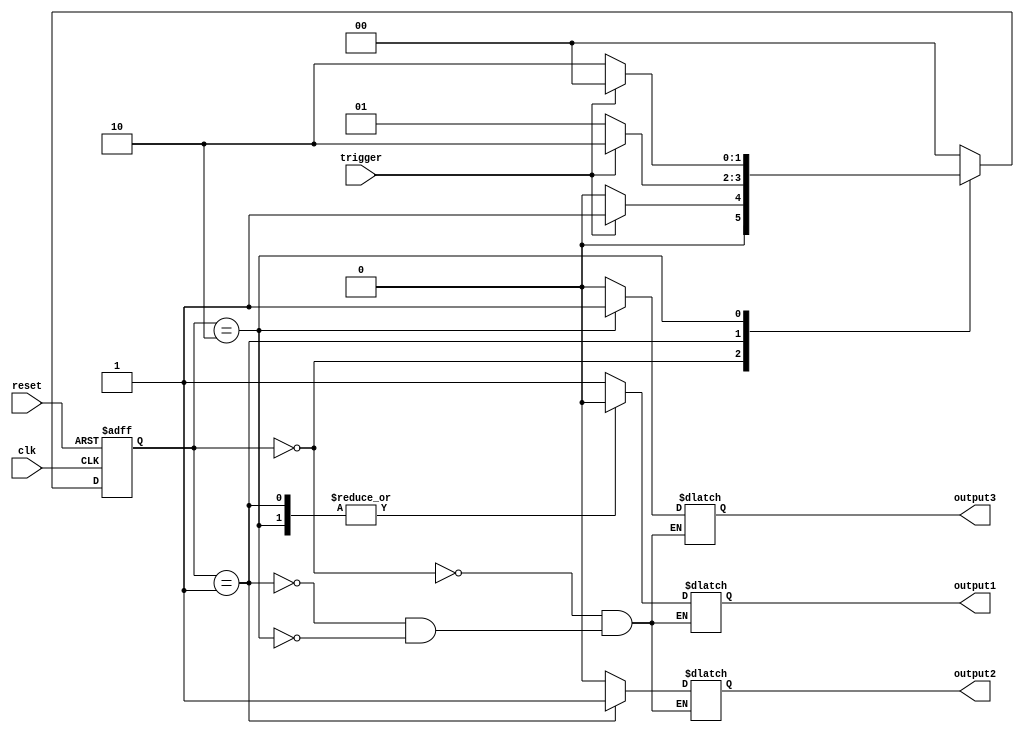
module mealy_state_machine (
        input trigger,
        input clk,
        input reset,
        output reg output1,
        output reg output2,
        output reg output3
    );

    parameter state1 = 2'b00;
    parameter state2 = 2'b01;
    parameter state3 = 2'b10;
    
    reg [1:0] current_state, next_state;

    always @ (posedge clk or posedge reset) begin
        if (reset) begin
            current_state <= state1;
        end else begin
            current_state <= next_state;
        end
    end

    always @ (*) begin
        case (current_state)
            state1: begin
                if (trigger) begin
                    next_state = state2;
                end else begin
                    next_state = state1;
                end
                output1 = 1;
                output2 = 0;
                output3 = 0;
            end
            state2: begin
                if (trigger) begin
                    next_state = state3;
                end else begin
                    next_state = state2;
                end
                output1 = 0;
                output2 = 1;
                output3 = 0;
            end
            state3: begin
                if (trigger) begin
                    next_state = state1;
                end else begin
                    next_state = state3;
                end
                output1 = 0;
                output2 = 0;
                output3 = 1;
            end
            default: begin
                next_state = state1;
            end
        endcase
    end
endmodule